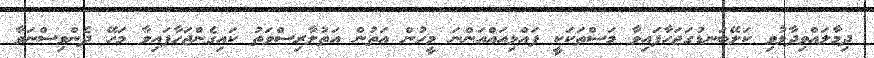
ދިމާލައްވިދާޅުވި ކަލޭބަނޑުގަޖަހާފައިވާ މަސްތަކަކީ ފައްޅިއައްއަންނަ މީހުން އަތުން އަތުލާރިސްވަތު ކައިގެންޖަހާފައިވާ މަހޭ ދެންވިސްނަވާ